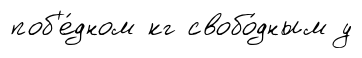
поб'е́дном кг свобо́дным у